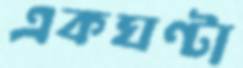
একঘণ্টা